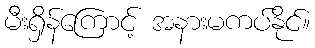
မီးရှိန်ကြောင့် အနားမကပ်နိုင်။